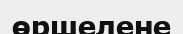
өршелене